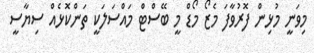
މިވަނީ މުޅިން ފޮރުވާފަ މެޒޯ މޯޑް މީ ބޭސްޓް މައްސަލަަަކީ ތަންކޮޅެއް ސިޔާސީ